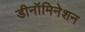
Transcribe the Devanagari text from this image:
डीनॉमिनेशन